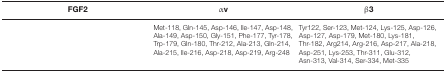
<table><thead><tr><td><b>FGF2</b></td><td><b>αv</b></td><td><b>β3</b></td></tr></thead><tbody><tr><td>[EMPTY_CELL]</td><td>Met-118, Gln-145, Asp-146, Ile-147, Asp-148, Ala-149, Asp-150, Gly-151, Phe-177, Tyr-178, Trp-179, Gln-180, Thr-212, Ala-213, Gln-214, Ala-215, Ile-216, Asp-218, Asp-219, Arg-248</td><td>Tyr122, Ser-123, Met-124, Lys-125, Asp-126, Asp-127, Asp-179, Met-180, Lys-181, Thr-182, Arg214, Arg-216, Asp-217, Ala-218, Asp-251, Lys-253, Thr-311, Glu-312, Asn-313, Val-314, Ser-334, Met-335</td></tr></tbody></table>